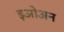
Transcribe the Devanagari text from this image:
इओअन